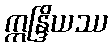
ဣန္ဒြိယဿ